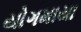
યોગમાયા